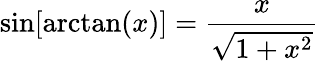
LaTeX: \sin[\arctan(x)]={\frac{x}{\sqrt{1+x^{2}}}}